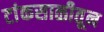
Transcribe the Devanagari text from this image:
टांकसाळीतून